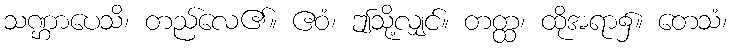
သဏ္ဌာပေသိ၊ တည်လေ၏။ ဧဝံ၊ ဤသို့လျှင်။ တတ္ထ၊ ထိုအရာ၌။ တေသံ၊